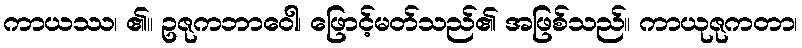
ကာယဿ၊ ၏။ ဥဇုကဘာဝေါ၊ ဖြောင့်မတ်သည်၏ အဖြစ်သည်။ ကာယုဇုကတာ၊